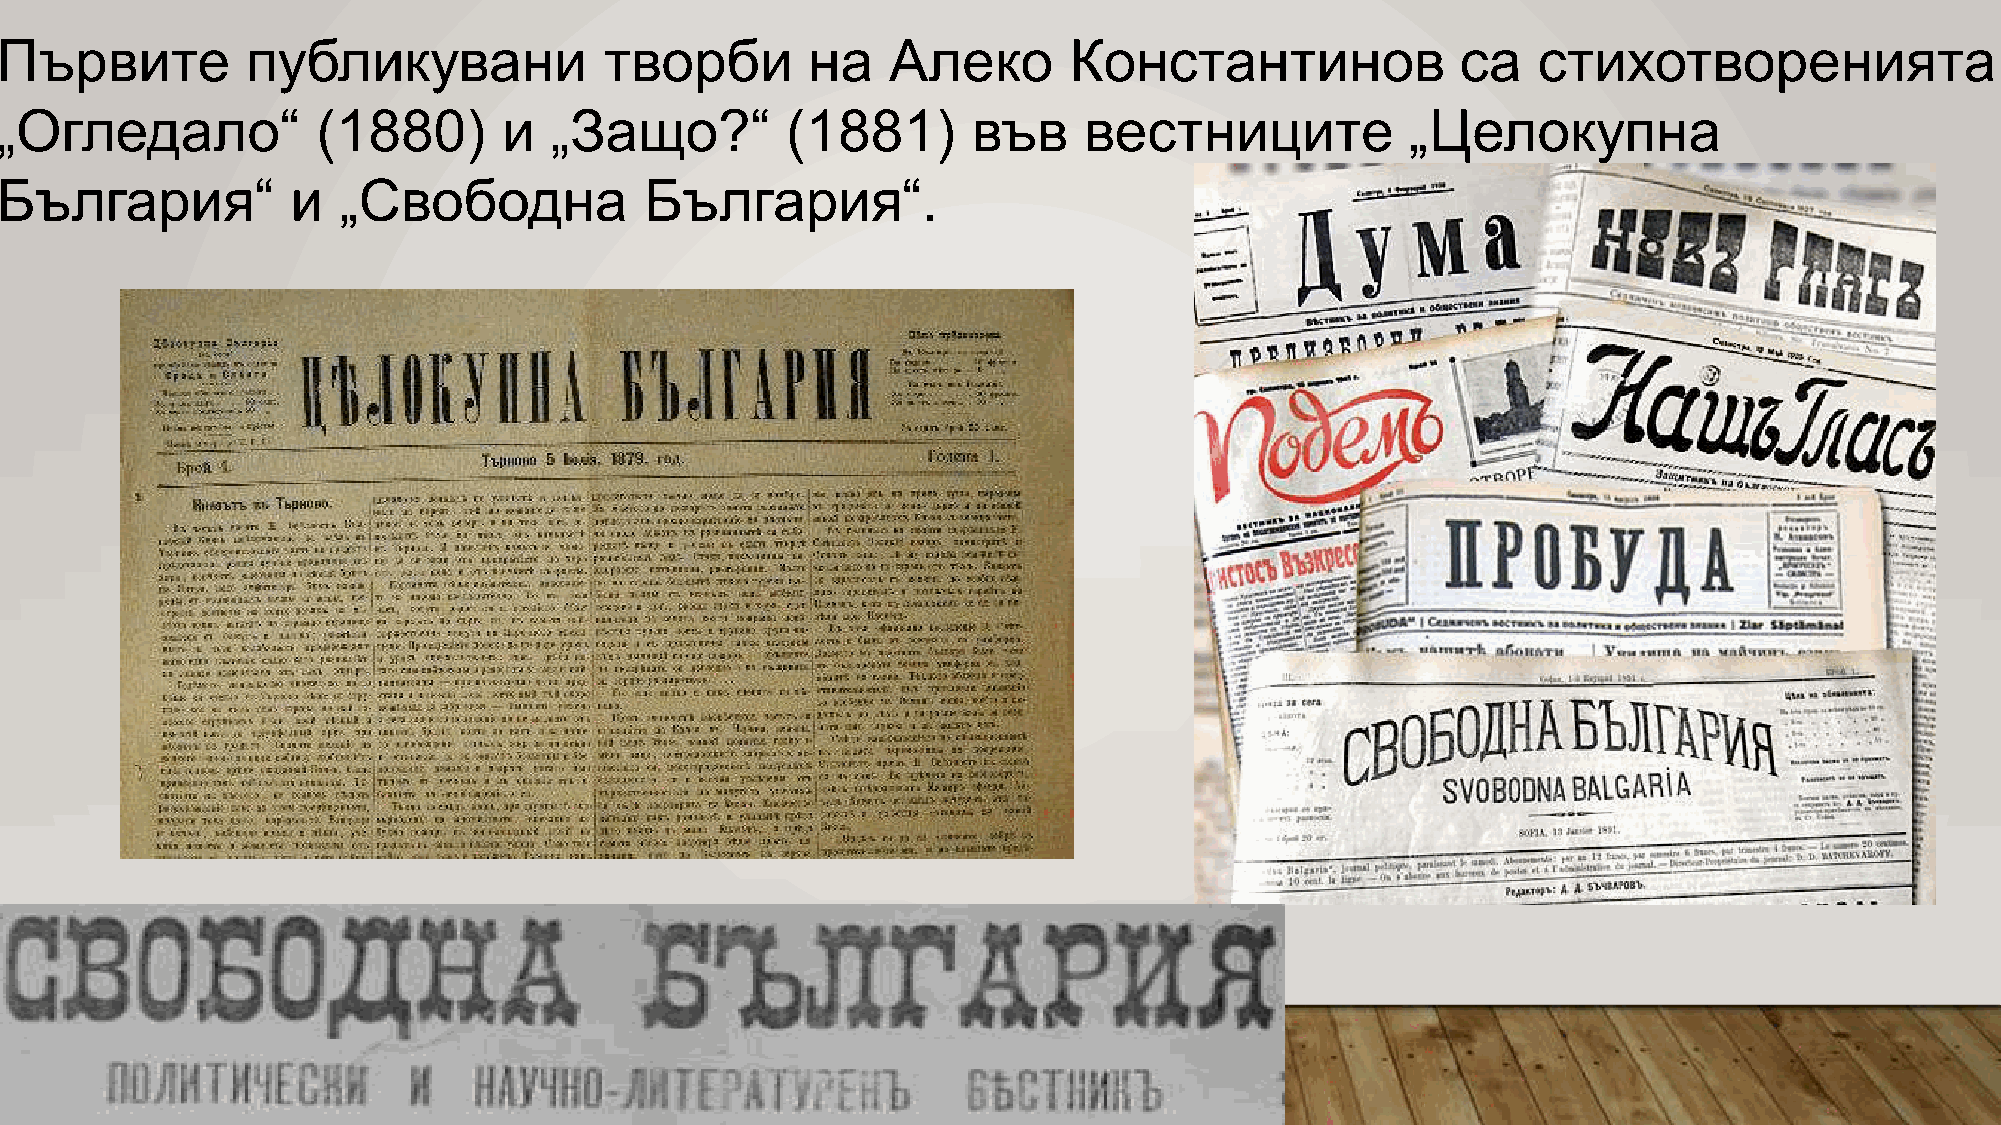
Първите         публикувани             творби       на    Алеко       Константинов              са   стихотворенията
 „Огледало“           (1880)      и  „Защо?“         (1881)      във     вестниците           „Целокупна
 България“          и  „Свободна            България“.